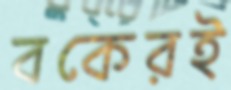
বকেরই